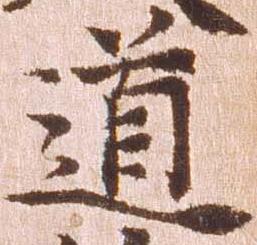
道